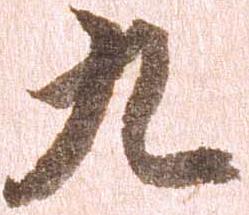
九